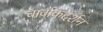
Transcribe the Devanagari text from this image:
चार्वाकदर्शन